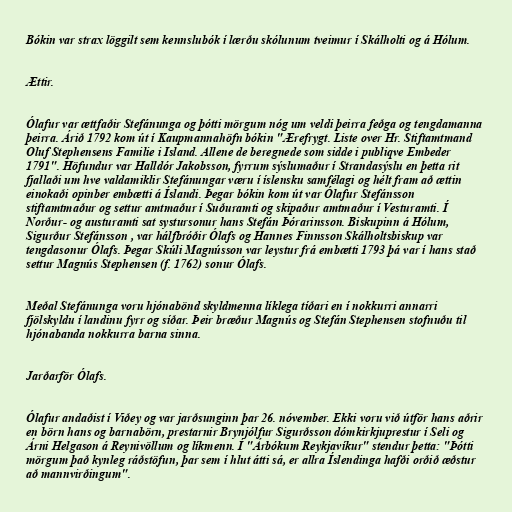
Bókin var strax löggilt sem kennslubók í lærðu skólunum tveimur í Skálholti og á Hólum.

Ættir.

Ólafur var ættfaðir Stefánunga og þótti mörgum nóg um veldi þeirra feðga og tengdamanna
þeirra. Árið 1792 kom út í Kaupmannahöfn bókin "Ærefrygt. Liste over Hr. Stiftamtmand
Oluf Stephensens Familie i Island. Allene de beregnede som sidde i publiqve Embeder
1791". Höfundur var Halldór Jakobsson, fyrrum sýslumaður í Strandasýslu en þetta rit
fjallaði um hve valdamiklir Stefánungar væru í íslensku samfélagi og hélt fram að ættin
einokaði opinber embætti á Íslandi. Þegar bókin kom út var Ólafur Stefánsson
stiftamtmaður og settur amtmaður í Suðuramti og skipaður amtmaður í Vesturamti. Í
Norður- og austuramti sat systursonur hans Stefán Þórarinsson. Biskupinn á Hólum,
Sigurður Stefánsson , var hálfbróðir Ólafs og Hannes Finnsson Skálholtsbiskup var
tengdasonur Ólafs. Þegar Skúli Magnússon var leystur frá embætti 1793 þá var í hans stað
settur Magnús Stephensen (f. 1762) sonur Ólafs.

Meðal Stefánunga voru hjónabönd skyldmenna líklega tíðari en í nokkurri annarri
fjölskyldu í landinu fyrr og síðar. Þeir bræður Magnús og Stefán Stephensen stofnuðu til
hjónabanda nokkurra barna sinna.

Jarðarför Ólafs.

Ólafur andaðist í Viðey og var jarðsunginn þar 26. nóvember. Ekki voru við útför hans aðrir
en börn hans og barnabörn, prestarnir Brynjólfur Sigurðsson dómkirkjuprestur í Seli og
Árni Helgason á Reynivöllum og líkmenn. Í "Árbókum Reykjavíkur" stendur þetta: "Þótti
mörgum það kynleg ráðstöfun, þar sem í hlut átti sá, er allra Íslendinga hafði orðið æðstur
að mannvirðingum".